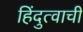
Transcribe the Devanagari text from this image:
हिंदुत्वाची